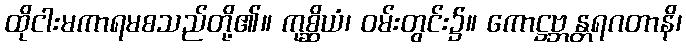
ထိုငါးမကာရမစသည်တို့၏။ ကုစ္ဆိယံ၊ ဝမ်းတွင်း၌။ ကောဋ္ဌဗ္ဘန္တရဂတာနိ၊